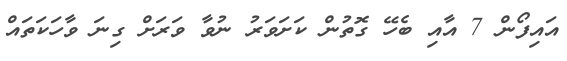
އައިފޯން 7 އާއި ބެހޭ ގޮތުން ކަށަވަރު ނުވާ ވަރަށް ގިނަ ވާހަކަތައް